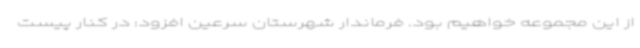
از این مجموعه خواهیم بود. فرماندار شهرستان سرعین افزود: در کنار پیست